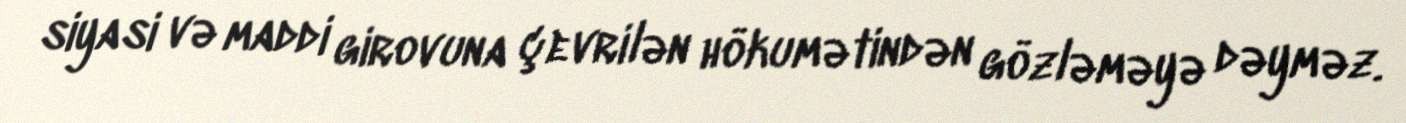
siyasi və maddi girovuna çevrilən hökumətindən gözləməyə dəyməz.